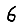
Digit: 6